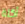
أكلة